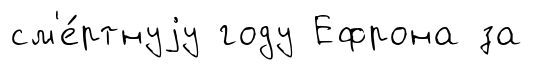
см'е́ртнуjу году Ефрона за